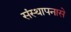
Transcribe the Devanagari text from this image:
संस्थापनासे